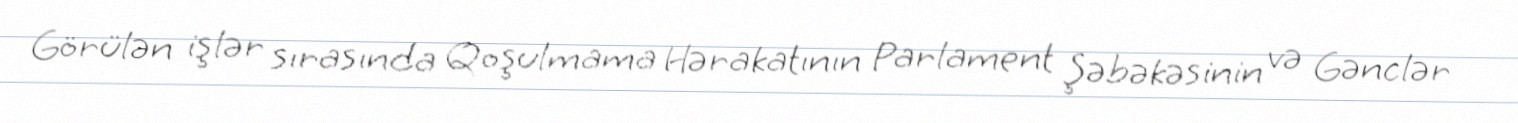
Görülən işlər sırasında Qoşulmama Hərakatının Parlament Şəbəkəsinin və Gənclər